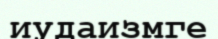
иудаизмге